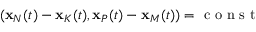
( { \bf x } _ { N } ( t ) - { \bf x } _ { K } ( t ) , { \bf x } _ { P } ( t ) - { \bf x } _ { M } ( t ) ) = \mathrm { ~ c ~ o ~ n ~ s ~ t ~ }